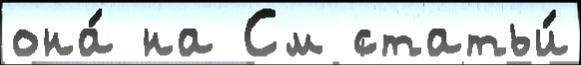
она́ на См статьи́